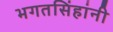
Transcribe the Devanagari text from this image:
भगतसिंहांनी